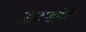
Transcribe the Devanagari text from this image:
आकाशदिवे